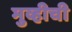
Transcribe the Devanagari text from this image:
मुव्हीची